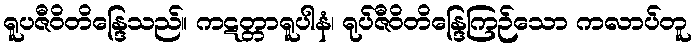
ရူပဇီဝိတိန္ဒြေသည်။ ကဋတ္တာရူပါနံ၊ ရုပ်ဇီဝိတိန္ဒြေကြဉ်သော ကလာပ်တူ